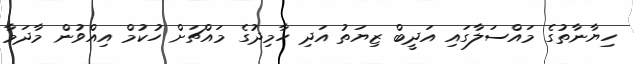
ހިޔާނާތުގެ މައްސަލާގައި އަދީބް ޒިޔަތު އަދި ހާމިދުގެ މައްޗަށް ހުކުމް އިއްވުން މާދަމާ